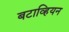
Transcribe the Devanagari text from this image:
बटाव्हियन